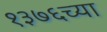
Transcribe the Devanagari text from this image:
१३७६च्या